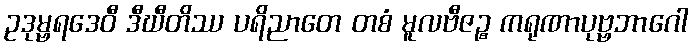
ဥဒုမ္ဗရဒေဝီ ဒီဃီတိဿ ပရိညာတေ တစံ မူလဗီဇဉ္စ ကရုဏာပုဗ္ဗဘာဂေါ